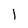
Character: 1